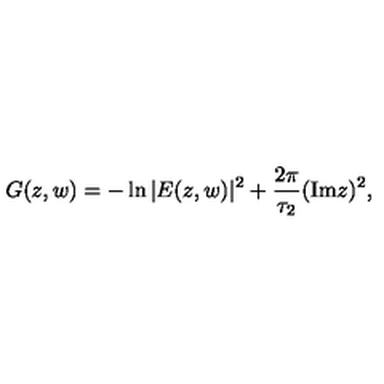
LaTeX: G ( z , w ) = - \ln { | E ( z , w ) | ^ { 2 } } + \frac { 2 \pi } { \tau _ { 2 } } ( \mathrm { I m } z ) ^ { 2 } ,